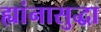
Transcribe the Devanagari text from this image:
ह्यांनासुद्धा